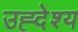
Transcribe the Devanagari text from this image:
उह्देश्य